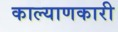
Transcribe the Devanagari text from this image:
काल्याणकारी